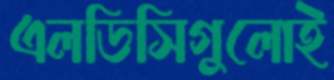
এলডিসিগুলোই